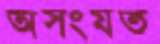
অসংযত